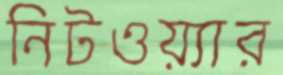
নিটওয়্যার